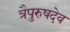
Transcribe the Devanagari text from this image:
त्रैपुरुषदेव